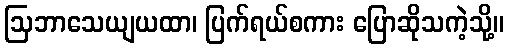
ဩဘာသေယျယထာ၊ ပြက်ရယ်စကား ပြောဆိုသကဲ့သို့။